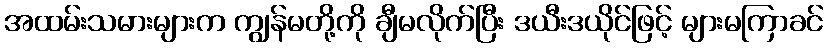
အထမ်းသမားများက ကျွန်မတို့ကို ချီမလိုက်ပြီး ဒယီးဒယိုင်ဖြင့် များမကြာခင်